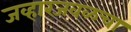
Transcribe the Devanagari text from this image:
जव्हारजवळचा